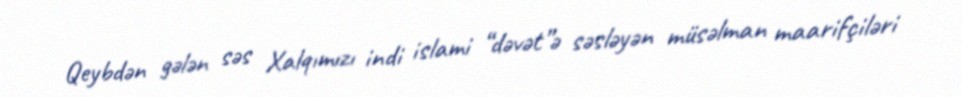
Qeybdən gələn səs Xalqımızı indi islami “dəvət”ə səsləyən müsəlman maarifçiləri